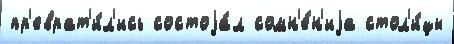
пр'еврат'и́л'ись состоjа́л сомн'е́н'иjа стол'и́цы